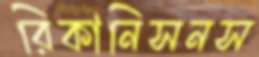
রিকানিসনস